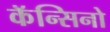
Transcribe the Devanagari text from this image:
कॅन्सिनो